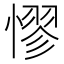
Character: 憀